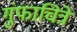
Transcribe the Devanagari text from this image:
गुंफाचित्रे